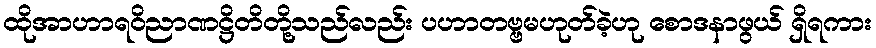
ထိုအာဟာရဝိညာဏဋ္ဌိတိတို့သည်လည်း ပဟာတဗ္ဗမဟုတ်ခဲ့ဟု စောဒနာဖွယ် ရှိရကား